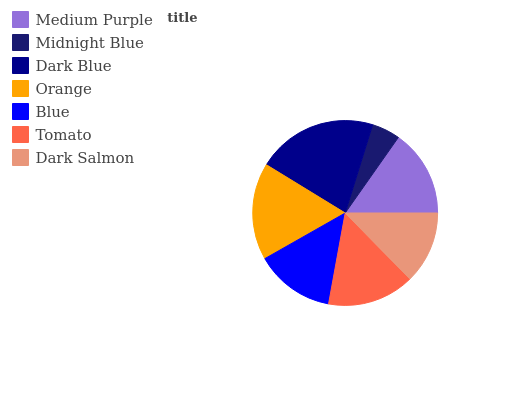
| Medium Purple | Midnight Blue | Dark Blue | Orange | Blue | Tomato | Dark Salmon |
 | --- | --- | --- | --- | --- | --- | --- |
 | 15.2% | 4.96% | 21% | 17% | 13.9% | 15.2% | 12.6% |